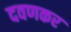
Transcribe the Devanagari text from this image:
दवणकर